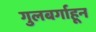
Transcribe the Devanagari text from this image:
गुलबर्गाहून